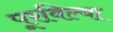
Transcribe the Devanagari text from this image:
पूरविल्या